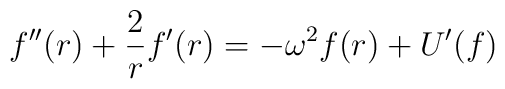
f^{\prime \prime }(r)+\frac{2}{r}f^{\prime }(r)=-\omega ^{2}f(r)+U^{\prime}(f)